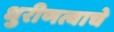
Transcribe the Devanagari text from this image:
धुरीणत्वाचे